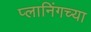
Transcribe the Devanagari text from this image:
प्लानिंगच्या